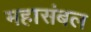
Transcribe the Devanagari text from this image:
महासंबल